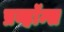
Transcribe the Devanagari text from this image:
प्रव्हॉन्स